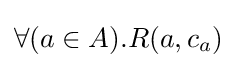
\forall (a\in A).R(a,c_{a})